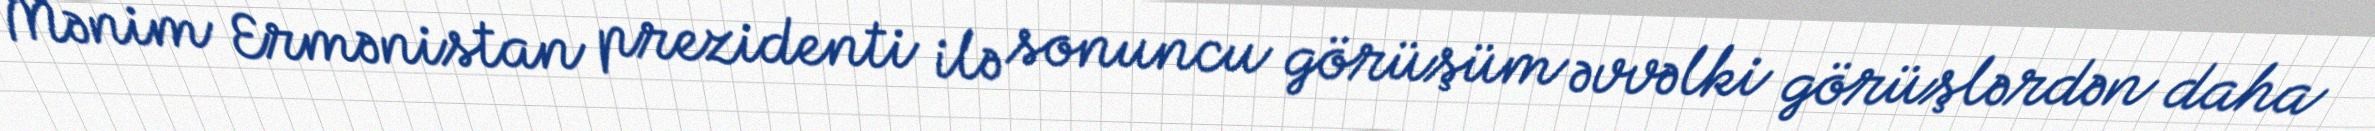
Mənim Ermənistan prezidenti ilə sonuncu görüşüm əvvəlki görüşlərdən daha